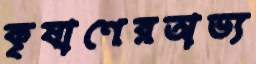
কৃষাণেরঅভ্য